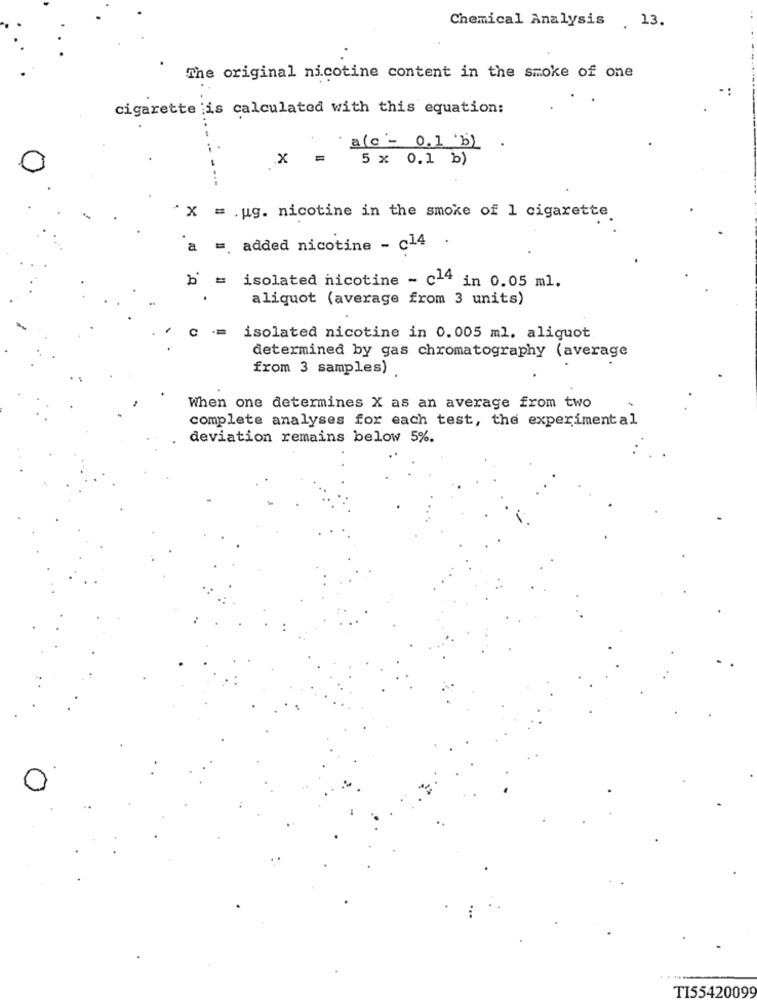
Chemical Analysis 13.
The original nicotine content in the smoke of one
cigarette is calculated with this equation:
a(c - 0.1 b)
.X
5 x 0.1 b)
0
.ug. nicotine in the smoke of 1 cigarette
a
added nicotine - c14 .
isolated nicotine - c14 in 0.05 ml.
aliquot (average from 3 units)
isolated nicotine in 0.005 ml. aliquot
determined by gas chromatography (average
from 3 samples)
When one determines X as an average from two
complete analyses for each test, the experimental
deviation remains below 5%.
TI55420099